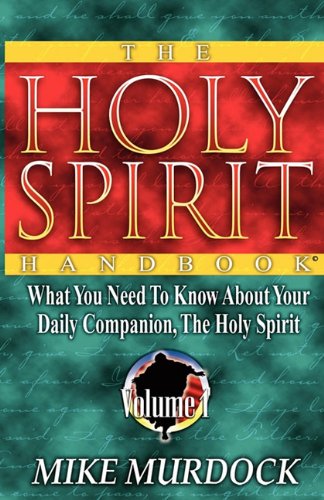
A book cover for The Holy Spirit Handbook; Mike Murdock; Christian Books & Bibles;